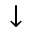
\downarrow